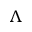
\Lambda